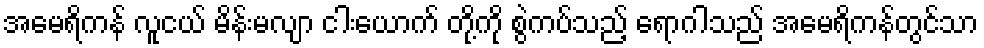
အမေရိကန် လူငယ် မိန်းမလျာ ငါးယောက် တို့ကို စွဲကပ်သည့် ရောဂါသည် အမေရိကန်တွင်သာ